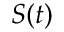
S ( t )